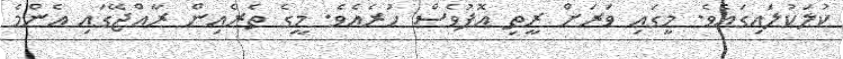
ކުލަކުލައިގައެވެ. މީގައި ވަރަށް ރީތި އޮފުވެސް ހުރެއެވެ. މީގެ ތެރެއިން ރާއްޖޭގައި އެންމެ